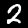
Label: 2